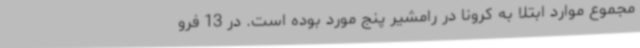
مجموع موارد ابتلا به کرونا در رامشیر پنج مورد بوده است. در 13 فرو